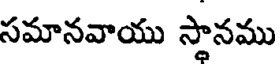
సమానవాయు స్తానము